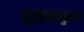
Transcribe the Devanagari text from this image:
सुझावानुसार